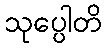
သုပ္ပေါတိ